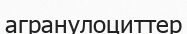
агранулоциттер